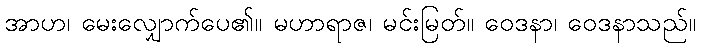
အာဟ၊ မေးလျှောက်ပေ၏။ မဟာရာဇ၊ မင်းမြတ်။ ဝေဒနာ၊ ဝေဒနာသည်။